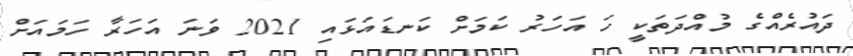
ދައުުރެއްގެ މުއްދަތަކީ ހަ އަހަރު ކަމަށް ކަނޑައަޅައި 2021 ވަނަ އަހަރާ ހަމައަށް